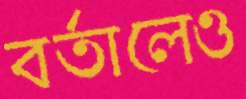
বর্তালেও